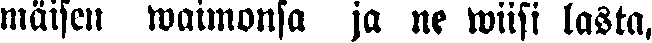
mäisen waimonsa ja ne wiisi lasta,